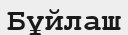
Бұйлаш